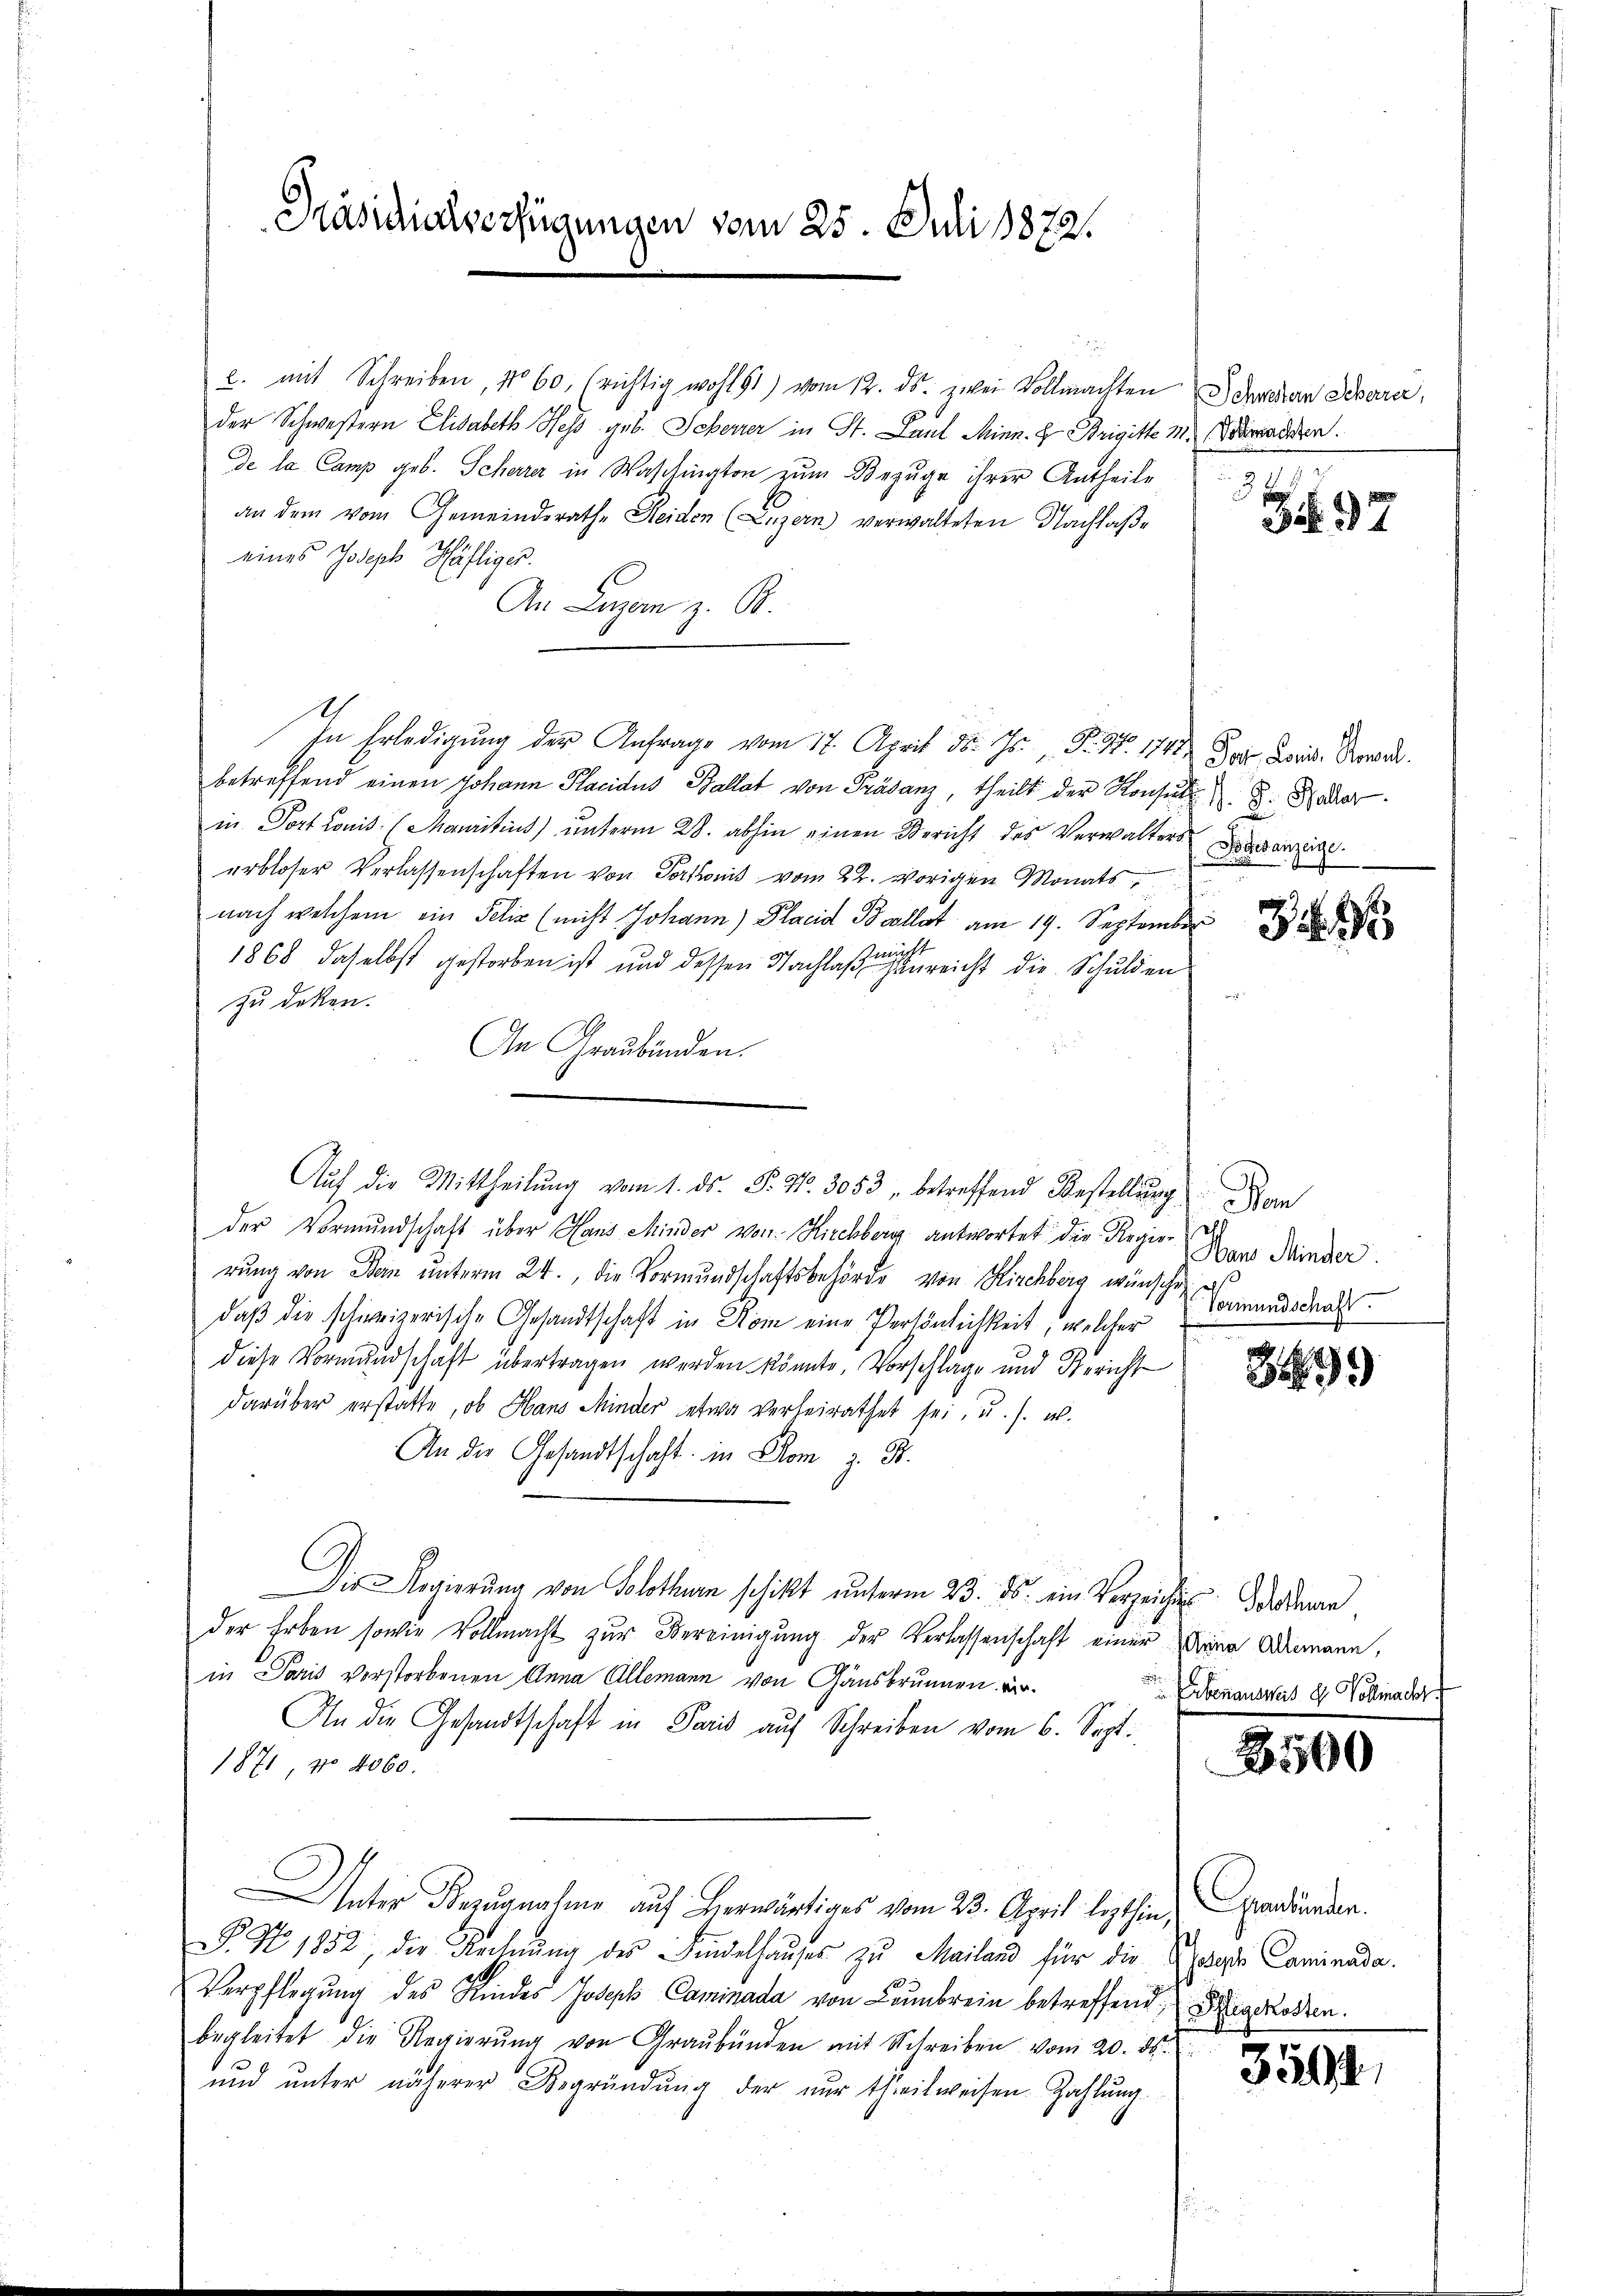
Präsidialverfügungen vom 25. Juli 1872.

c. mit Schreiben, No 60, richtig wohl 61) vom 12. ds. zwei Vollmachten u der an Devarer,
der Schwestern Elisabeth Hess geb. Scheurer in St. Paul Minn.  Brigitte M. Vorraden.
de la Camp geb. Scharrer in Waschington zum Bezuge ihrer Antheile
an dem vom Gemeinderathe Heiden (Luzern verwalteten Nachlaße
eines Joseph Häfliger.
An Lagen z. B.
betreffend einen Johann Placidus Ballat von Präsanz, theilt der Konsuls & B. Bader
in Dort konis (Mauritius) unterm 28. abhin einen Bericht des Verwalters ganzeige
erbloser Verlassenschaften von Portonis vom 22. vorigen Monats
nach welchem ein Felix (nicht Johann) Placid Bcollat am 19. September
nücht
1868 daselbst gestorben ist und dessen Nachlaß hinreicht die Schulden
zu deken.
An Graubünden.
der Vormundschaft über Hans Minder von Kirchberg antwortet die Regier
rung von Bern unterm 24. die Vormundschaftsbehörde von Kirchberg wünsche,
daβ die schweizerische Gesandtschaft in Nom eine Persönlichkeit, welcher Vormundschaft.
diese Vormundschaft übertragen werden könnte, Vorschlage und Bericht
darüber erstatte, ob Hans Minder etwa verheirathet sei, u. s. w.
An die Gesandtschaft in Dom z. B.
Die Regierŭng von Solothurn schikt ŭnterm 23. ds. ein Verzeichts deßen
der Erben sowie Vollmacht zur Vereinigung der Verlassenschaft einer Mann Ademann,
in Paris verstorbenen Anna Allemann von Gansbrunnen ver¬
An die Gesandtschaft in Paris aŭf Schreiben vom 6. Sept.
1871, No 4060.
r
Unter Bezugnahme auf Beerwärtiges vom 23. April lezthin.
B. No. 1852, die Rechnung des Kindelhauses zu Mailand für die Gesagte Caminada
Verpflegŭng des Kindes Joseph Caminada von Lambrein betreffend. Diegskosten.
begleitet die Regierŭng von Graubünden mit Schreiben vom 20. ds.
und unter näherer Begründung der nur theilweisen Zahlŭng.

In Erledigung der Anfrage vom 17. April d. Js. P. Nr. 1711. Der Juris Bewus

Auf die Mittheilŭng vom 1. ds. P. Nr. 3053 " betreffend Bestellung ein

Z. 37

32

Hans Minder.
e

899

Erbenausweis d. Vollmacht

3500

Graubünden.

3501